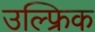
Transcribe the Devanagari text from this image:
उल्फ्रिक